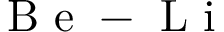
\mathrm { ~ B ~ e ~ } - \mathrm { ~ L ~ i ~ }